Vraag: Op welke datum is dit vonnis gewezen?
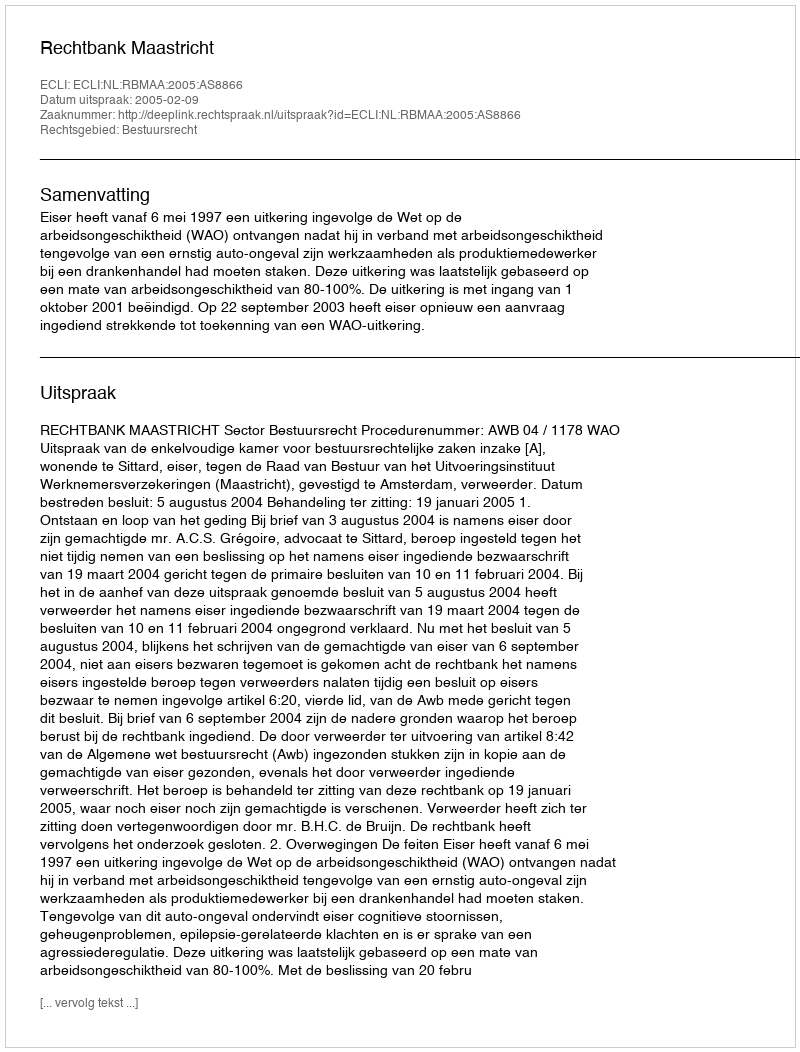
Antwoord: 2005-02-09